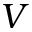
V